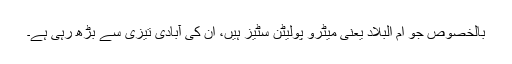
بالخصوص جو ام البلاد یعنی میٹرو پولیٹن سِٹیز ہیں، ان کی آبادی تیزی سے بڑھ رہی ہے۔